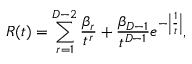
R ( t ) = \sum _ { r = 1 } ^ { D - 2 } { \frac { \beta _ { r } } { t ^ { r } } } + { \frac { \beta _ { D - 1 } } { t ^ { D - 1 } } } e ^ { - \left| { \frac { 1 } { t } } \right| } ,